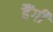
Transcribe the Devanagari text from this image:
हैंगी